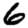
Digit: 6